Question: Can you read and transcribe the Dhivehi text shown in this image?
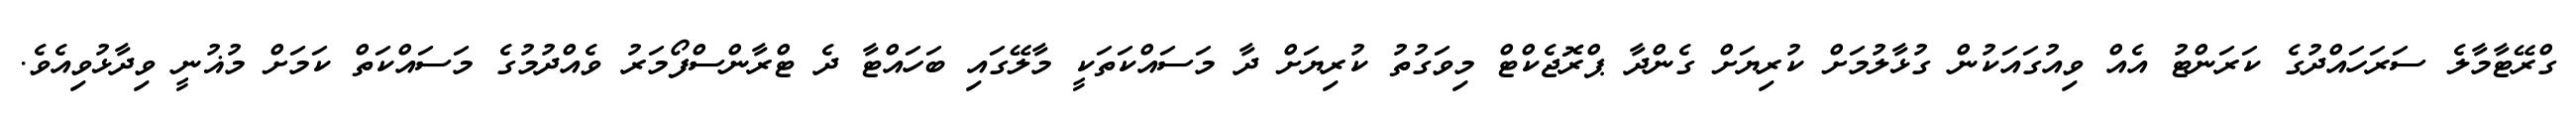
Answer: ގްރޭޓާމާލެ ސަރަހައްދުގެ ކަރަންޓު އެއް ވިއުގައަކުން ގުޅާލުމަށް ކުރިޔަށް ގެންދާ ޕްރޮޖެކްޓް މިވަގުތު ކުރިޔަށް ދާ މަސައްކަތަކީ މާލޭގައި ބަހައްޓާ ދެ ޓްރާންސްފޯމަރު ވެއްދުމުގެ މަސައްކަތް ކަމަށް މުޣުނީ ވިދާޅުވިއެވެ.